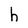
Character: h